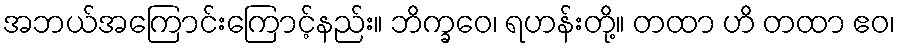
အဘယ်အကြောင်းကြောင့်နည်း။ ဘိက္ခဝေ၊ ရဟန်းတို့။ တထာ ဟိ တထာ ဧဝ၊